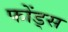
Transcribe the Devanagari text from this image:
फोंड्स